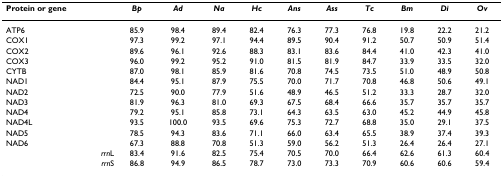
<table><thead><tr><td><b>Protein or gene</b></td><td><b><i>Bp</i></b></td><td><b><i>Ad</i></b></td><td><b><i>Na</i></b></td><td><b><i>Hc</i></b></td><td><b><i>Ans</i></b></td><td><b><i>Ass</i></b></td><td><b><i>Tc</i></b></td><td><b><i>Bm</i></b></td><td><b><i>Di</i></b></td><td><b><i>Ov</i></b></td></tr></thead><tbody><tr><td>ATP6</td><td>85.9</td><td>98.4</td><td>89.4</td><td>82.4</td><td>76.3</td><td>77.3</td><td>76.8</td><td>19.8</td><td>22.2</td><td>21.2</td></tr><tr><td>COX1</td><td>97.3</td><td>99.2</td><td>97.1</td><td>94.4</td><td>89.5</td><td>90.4</td><td>91.2</td><td>50.7</td><td>50.9</td><td>51.4</td></tr><tr><td>COX2</td><td>89.6</td><td>96.1</td><td>92.6</td><td>88.3</td><td>83.1</td><td>83.6</td><td>84.4</td><td>41.0</td><td>42.3</td><td>41.0</td></tr><tr><td>COX3</td><td>96.0</td><td>99.2</td><td>95.2</td><td>91.0</td><td>81.5</td><td>81.9</td><td>84.7</td><td>33.9</td><td>33.5</td><td>32.0</td></tr><tr><td>CYTB</td><td>87.0</td><td>98.1</td><td>85.9</td><td>81.6</td><td>70.8</td><td>74.5</td><td>73.5</td><td>51.0</td><td>48.9</td><td>50.8</td></tr><tr><td>NAD1</td><td>84.4</td><td>95.1</td><td>87.9</td><td>75.5</td><td>70.0</td><td>71.7</td><td>70.8</td><td>46.8</td><td>50.6</td><td>49.1</td></tr><tr><td>NAD2</td><td>72.5</td><td>90.0</td><td>77.9</td><td>51.6</td><td>48.9</td><td>46.5</td><td>51.2</td><td>33.3</td><td>28.7</td><td>32.0</td></tr><tr><td>NAD3</td><td>81.9</td><td>96.3</td><td>81.0</td><td>69.3</td><td>67.5</td><td>68.4</td><td>66.6</td><td>35.7</td><td>35.7</td><td>35.7</td></tr><tr><td>NAD4</td><td>79.2</td><td>95.1</td><td>85.8</td><td>73.1</td><td>64.3</td><td>63.5</td><td>63.0</td><td>45.2</td><td>44.9</td><td>45.8</td></tr><tr><td>NAD4L</td><td>93.5</td><td>100.0</td><td>93.5</td><td>69.6</td><td>75.3</td><td>72.7</td><td>68.8</td><td>35.0</td><td>29.1</td><td>37.5</td></tr><tr><td>NAD5</td><td>78.5</td><td>94.3</td><td>83.6</td><td>71.1</td><td>66.0</td><td>63.4</td><td>65.5</td><td>38.9</td><td>37.4</td><td>39.3</td></tr><tr><td>NAD6</td><td>67.3</td><td>88.8</td><td>70.8</td><td>51.3</td><td>59.0</td><td>56.2</td><td>51.3</td><td>26.4</td><td>26.4</td><td>27.1</td></tr><tr><td><i>rrn</i>L</td><td>83.4</td><td>91.6</td><td>82.5</td><td>75.4</td><td>70.5</td><td>70.0</td><td>66.4</td><td>62.6</td><td>61.3</td><td>60.4</td></tr><tr><td><i>rrn</i>S</td><td>86.8</td><td>94.9</td><td>86.5</td><td>78.7</td><td>73.0</td><td>73.3</td><td>70.9</td><td>60.6</td><td>60.6</td><td>59.4</td></tr></tbody></table>